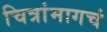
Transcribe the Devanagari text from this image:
चित्रांमागचं